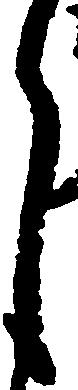
月